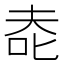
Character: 𰇔